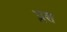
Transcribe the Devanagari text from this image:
प्लश